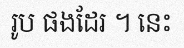
រូប ផងដែរ ។ នេះ